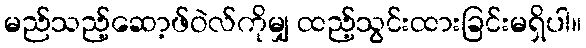
မည်သည့်ဆော့ဖ်ဝဲလ်ကိုမျှ ထည့်သွင်းထားခြင်းမရှိပါ။